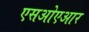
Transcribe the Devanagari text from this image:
एसओएआर